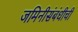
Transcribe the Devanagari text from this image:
जमिनीसंबंधीची